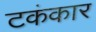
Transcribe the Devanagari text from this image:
टकंकार